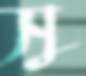
সু